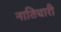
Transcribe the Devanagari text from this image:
नातिचारी